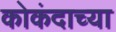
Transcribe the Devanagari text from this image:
कोकंदाच्या